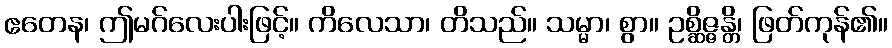
ဧတေန၊ ဤမဂ်လေးပါးဖြင့်။ ကိလေသာ၊ တိသည်။ သမ္မာ၊ စွာ။ ဥစ္ဆိဇ္ဇန္တိ၊ ဖြတ်ကုန်၏။